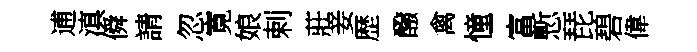
逋滇僢請忽寛娘剌莊妾歴醱禽憧富慙琵碧偉